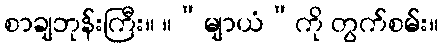
စာချဘုန်းကြီး။ ။“မျာယံ”ကို တွက်စမ်း။